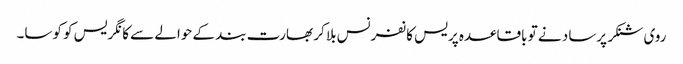
روی شنکر پرساد نے تو باقاعدہ پریس کانفرنس بلا کر بھارت بند کے حوالے سے کانگریس کو کوسا۔